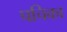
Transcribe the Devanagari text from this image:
पचिका